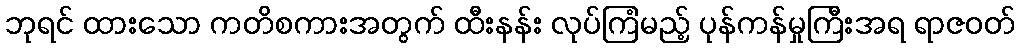
ဘုရင် ထားသော ကတိစကားအတွက် ထီးနန်း လုပ်ကြံမည့် ပုန်ကန်မှုကြီးအရ ရာဇဝတ်